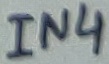
Text: IN4